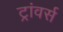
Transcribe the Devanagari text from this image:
ट्रांवर्स